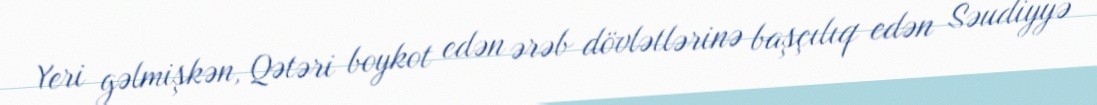
Yeri gəlmişkən, Qətəri boykot edən ərəb dövlətlərinə başçılıq edən Səudiyyə